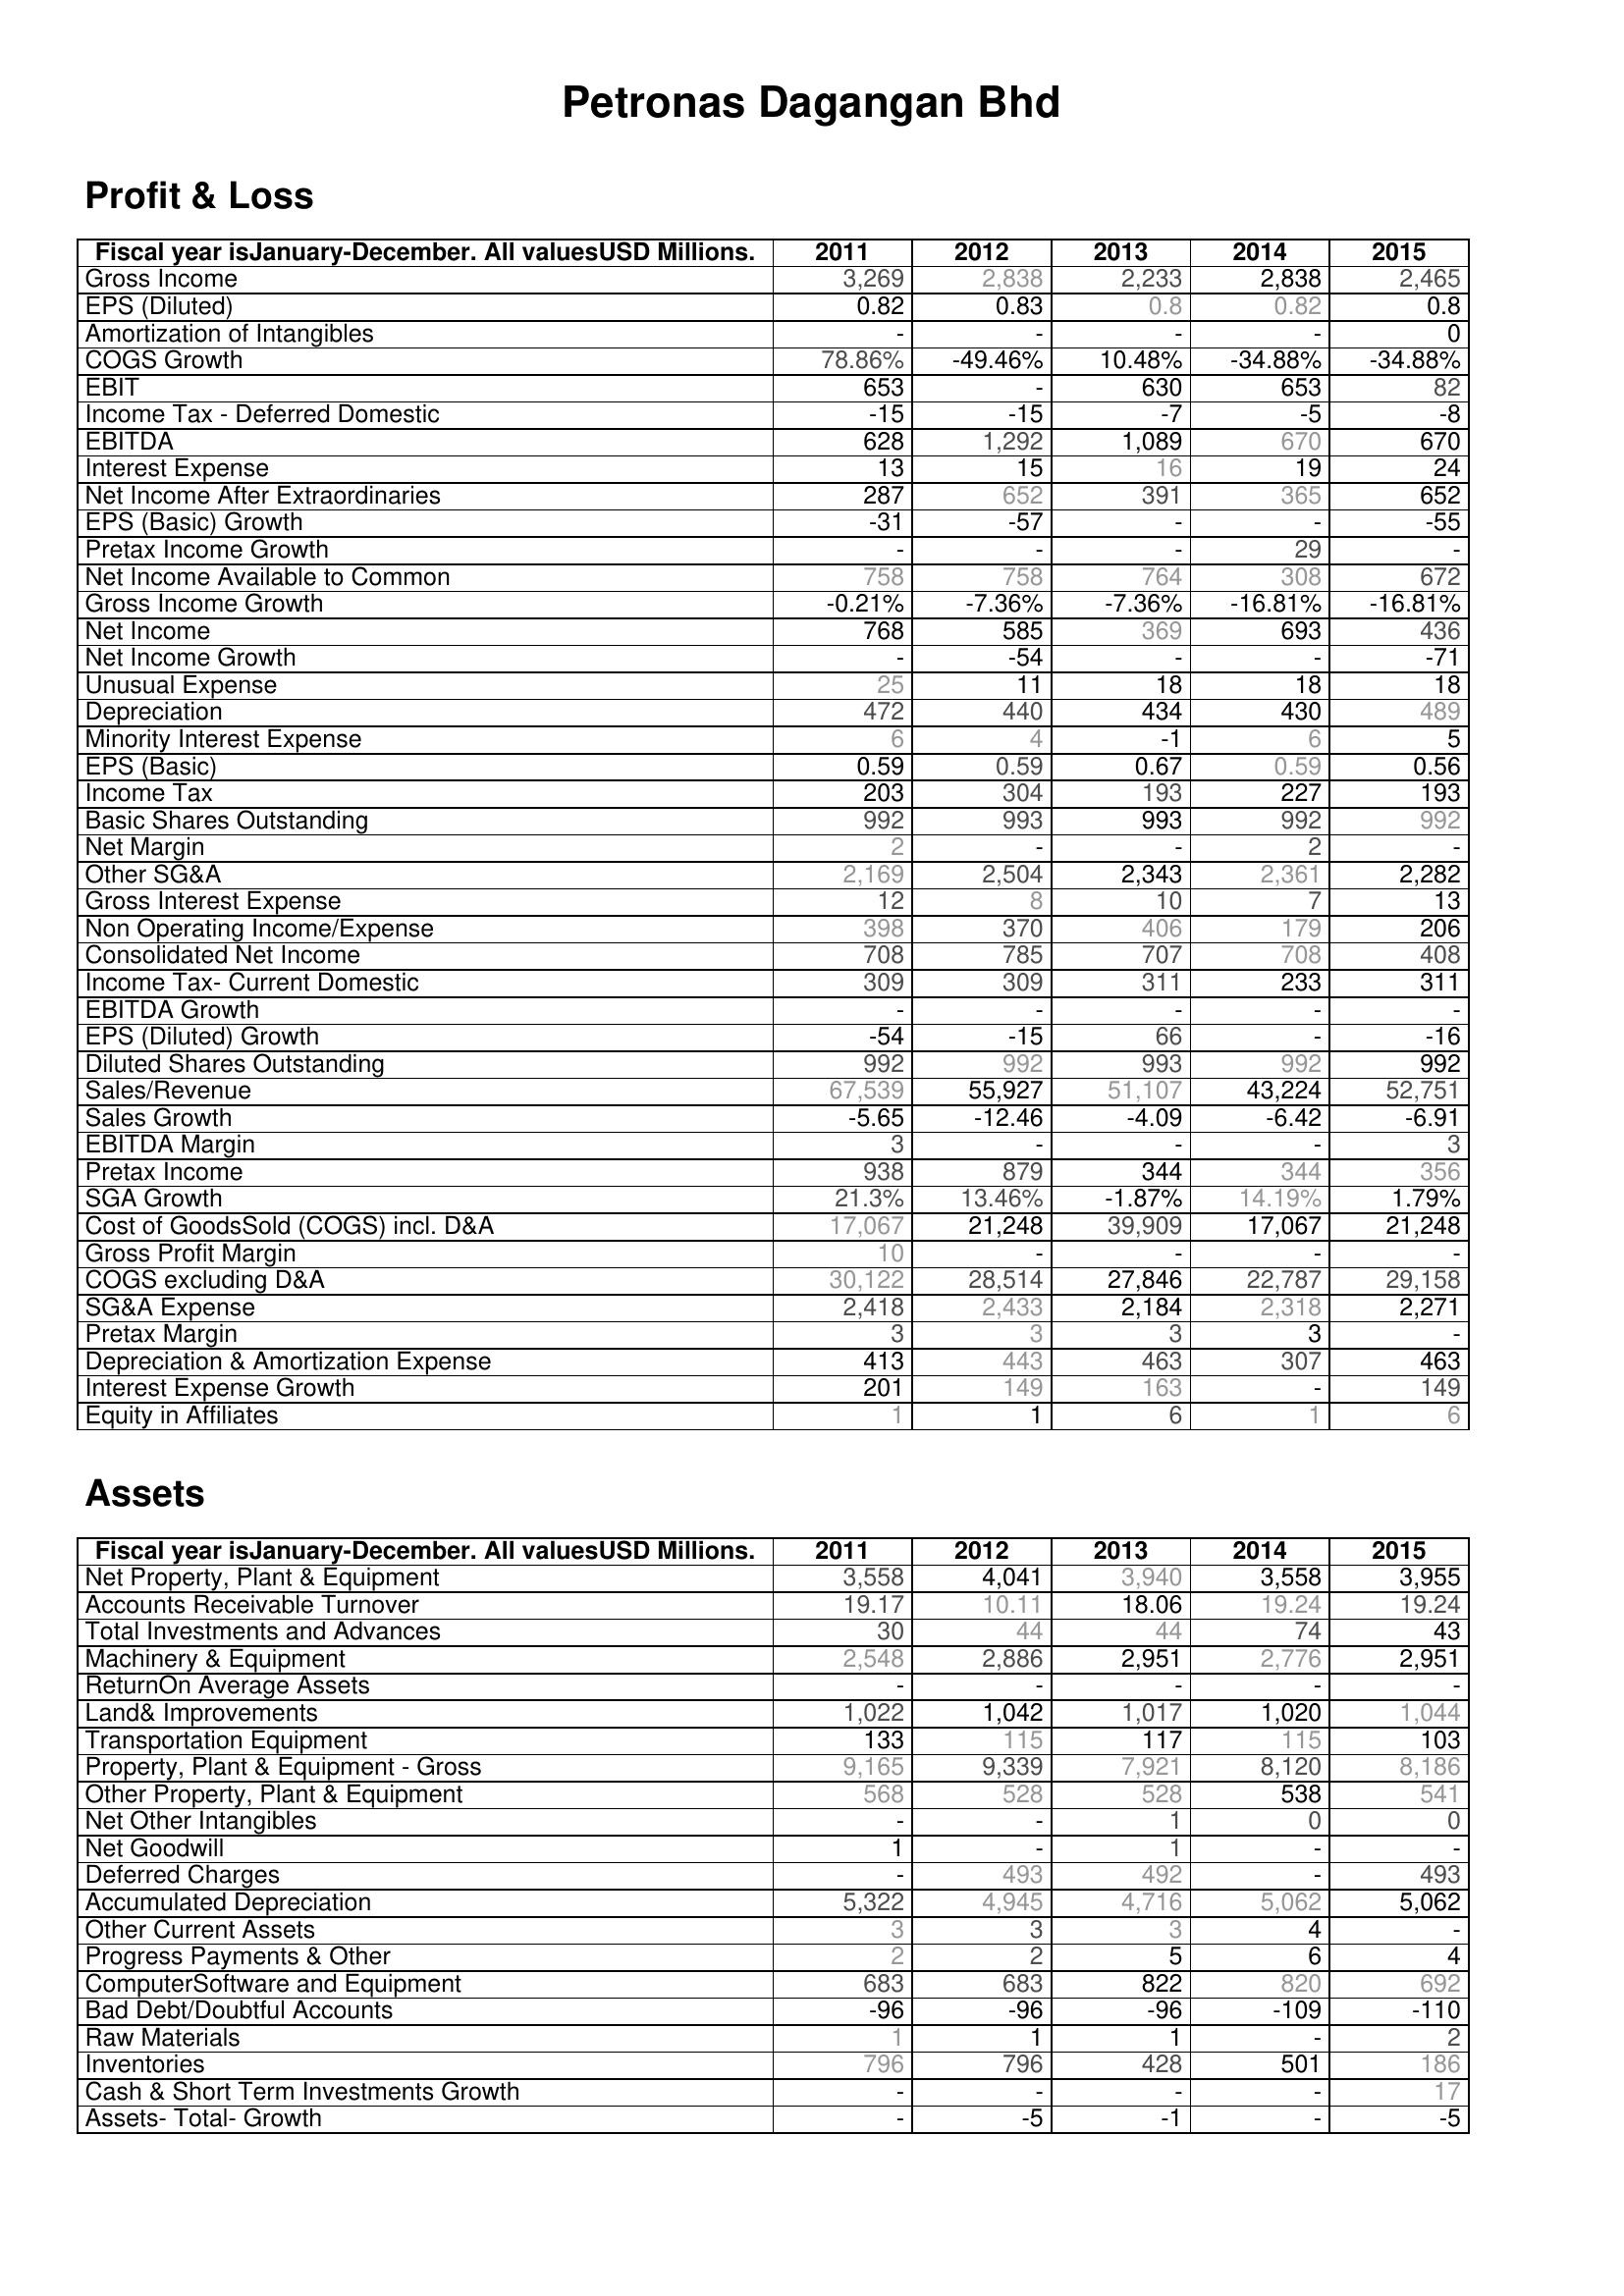
2011: Profit & Loss: Gross Income: 3,269
EPS (Diluted): 0.82
Amortization of Intangibles: -
COGS Growth: 78.86%
EBIT: 653
Income Tax - Deferred Domestic: -15
EBITDA: 628
Interest Expense: 13
Net Income After Extraordinaries: 287
EPS (Basic) Growth: -31
Pretax Income Growth: -
Net Income Available to Common: 758
Gross Income Growth: -0.21%
Net Income: 768
Net Income Growth: -
Unusual Expense: 25
Depreciation: 472
Minority Interest Expense: 6
EPS (Basic): 0.59
Income Tax: 203
Basic Shares Outstanding: 992
Net Margin: 2
Other SG&A: 2,169
Gross Interest Expense: 12
Non Operating Income/Expense: 398
Consolidated Net Income: 708
Income Tax- Current Domestic: 309
EBITDA Growth: -
EPS (Diluted) Growth: -54
Diluted Shares Outstanding: 992
Sales/Revenue: 67,539
Sales Growth: -5.65
EBITDA Margin: 3
Pretax Income: 938
SGA Growth: 21.3%
Cost of GoodsSold (COGS) incl. D&A: 17,067
Gross Profit Margin: 10
COGS excluding D&A: 30,122
SG&A Expense: 2,418
Pretax Margin: 3
Depreciation & Amortization Expense: 413
Interest Expense Growth: 201
Equity in Affiliates: 1
Assets: Net Property, Plant & Equipment: 3,558
Accounts Receivable Turnover: 19.17
Total Investments and Advances: 30
Machinery & Equipment: 2,548
ReturnOn Average Assets: -
Land& Improvements: 1,022
Transportation Equipment: 133
Property, Plant & Equipment - Gross : 9,165
Other Property, Plant & Equipment: 568
Net Other Intangibles: -
Net Goodwill: 1
Deferred Charges: -
Accumulated Depreciation: 5,322
Other Current Assets: 3
Progress Payments & Other: 2
ComputerSoftware and Equipment: 683
Bad Debt/Doubtful Accounts: -96
Raw Materials: 1
Inventories: 796
Cash & Short Term Investments Growth: -
Assets- Total- Growth: -
2012: Profit & Loss: Gross Income: 2,838
EPS (Diluted): 0.83
Amortization of Intangibles: -
COGS Growth: -49.46%
EBIT: -
Income Tax - Deferred Domestic: -15
EBITDA: 1,292
Interest Expense: 15
Net Income After Extraordinaries: 652
EPS (Basic) Growth: -57
Pretax Income Growth: -
Net Income Available to Common: 758
Gross Income Growth: -7.36%
Net Income: 585
Net Income Growth: -54
Unusual Expense: 11
Depreciation: 440
Minority Interest Expense: 4
EPS (Basic): 0.59
Income Tax: 304
Basic Shares Outstanding: 993
Net Margin: -
Other SG&A: 2,504
Gross Interest Expense: 8
Non Operating Income/Expense: 370
Consolidated Net Income: 785
Income Tax- Current Domestic: 309
EBITDA Growth: -
EPS (Diluted) Growth: -15
Diluted Shares Outstanding: 992
Sales/Revenue: 55,927
Sales Growth: -12.46
EBITDA Margin: -
Pretax Income: 879
SGA Growth: 13.46%
Cost of GoodsSold (COGS) incl. D&A: 21,248
Gross Profit Margin: -
COGS excluding D&A: 28,514
SG&A Expense: 2,433
Pretax Margin: 3
Depreciation & Amortization Expense: 443
Interest Expense Growth: 149
Equity in Affiliates: 1
Assets: Net Property, Plant & Equipment: 4,041
Accounts Receivable Turnover: 10.11
Total Investments and Advances: 44
Machinery & Equipment: 2,886
ReturnOn Average Assets: -
Land& Improvements: 1,042
Transportation Equipment: 115
Property, Plant & Equipment - Gross : 9,339
Other Property, Plant & Equipment: 528
Net Other Intangibles: -
Net Goodwill: -
Deferred Charges: 493
Accumulated Depreciation: 4,945
Other Current Assets: 3
Progress Payments & Other: 2
ComputerSoftware and Equipment: 683
Bad Debt/Doubtful Accounts: -96
Raw Materials: 1
Inventories: 796
Cash & Short Term Investments Growth: -
Assets- Total- Growth: -5
2013: Profit & Loss: Gross Income: 2,233
EPS (Diluted): 0.8
Amortization of Intangibles: -
COGS Growth: 10.48%
EBIT: 630
Income Tax - Deferred Domestic: -7
EBITDA: 1,089
Interest Expense: 16
Net Income After Extraordinaries: 391
EPS (Basic) Growth: -
Pretax Income Growth: -
Net Income Available to Common: 764
Gross Income Growth: -7.36%
Net Income: 369
Net Income Growth: -
Unusual Expense: 18
Depreciation: 434
Minority Interest Expense: -1
EPS (Basic): 0.67
Income Tax: 193
Basic Shares Outstanding: 993
Net Margin: -
Other SG&A: 2,343
Gross Interest Expense: 10
Non Operating Income/Expense: 406
Consolidated Net Income: 707
Income Tax- Current Domestic: 311
EBITDA Growth: -
EPS (Diluted) Growth: 66
Diluted Shares Outstanding: 993
Sales/Revenue: 51,107
Sales Growth: -4.09
EBITDA Margin: -
Pretax Income: 344
SGA Growth: -1.87%
Cost of GoodsSold (COGS) incl. D&A: 39,909
Gross Profit Margin: -
COGS excluding D&A: 27,846
SG&A Expense: 2,184
Pretax Margin: 3
Depreciation & Amortization Expense: 463
Interest Expense Growth: 163
Equity in Affiliates: 6
Assets: Net Property, Plant & Equipment: 3,940
Accounts Receivable Turnover: 18.06
Total Investments and Advances: 44
Machinery & Equipment: 2,951
ReturnOn Average Assets: -
Land& Improvements: 1,017
Transportation Equipment: 117
Property, Plant & Equipment - Gross : 7,921
Other Property, Plant & Equipment: 528
Net Other Intangibles: 1
Net Goodwill: 1
Deferred Charges: 492
Accumulated Depreciation: 4,716
Other Current Assets: 3
Progress Payments & Other: 5
ComputerSoftware and Equipment: 822
Bad Debt/Doubtful Accounts: -96
Raw Materials: 1
Inventories: 428
Cash & Short Term Investments Growth: -
Assets- Total- Growth: -1
2014: Profit & Loss: Gross Income: 2,838
EPS (Diluted): 0.82
Amortization of Intangibles: -
COGS Growth: -34.88%
EBIT: 653
Income Tax - Deferred Domestic: -5
EBITDA: 670
Interest Expense: 19
Net Income After Extraordinaries: 365
EPS (Basic) Growth: -
Pretax Income Growth: 29
Net Income Available to Common: 308
Gross Income Growth: -16.81%
Net Income: 693
Net Income Growth: -
Unusual Expense: 18
Depreciation: 430
Minority Interest Expense: 6
EPS (Basic): 0.59
Income Tax: 227
Basic Shares Outstanding: 992
Net Margin: 2
Other SG&A: 2,361
Gross Interest Expense: 7
Non Operating Income/Expense: 179
Consolidated Net Income: 708
Income Tax- Current Domestic: 233
EBITDA Growth: -
EPS (Diluted) Growth: -
Diluted Shares Outstanding: 992
Sales/Revenue: 43,224
Sales Growth: -6.42
EBITDA Margin: -
Pretax Income: 344
SGA Growth: 14.19%
Cost of GoodsSold (COGS) incl. D&A: 17,067
Gross Profit Margin: -
COGS excluding D&A: 22,787
SG&A Expense: 2,318
Pretax Margin: 3
Depreciation & Amortization Expense: 307
Interest Expense Growth: -
Equity in Affiliates: 1
Assets: Net Property, Plant & Equipment: 3,558
Accounts Receivable Turnover: 19.24
Total Investments and Advances: 74
Machinery & Equipment: 2,776
ReturnOn Average Assets: -
Land& Improvements: 1,020
Transportation Equipment: 115
Property, Plant & Equipment - Gross : 8,120
Other Property, Plant & Equipment: 538
Net Other Intangibles: 0
Net Goodwill: -
Deferred Charges: -
Accumulated Depreciation: 5,062
Other Current Assets: 4
Progress Payments & Other: 6
ComputerSoftware and Equipment: 820
Bad Debt/Doubtful Accounts: -109
Raw Materials: -
Inventories: 501
Cash & Short Term Investments Growth: -
Assets- Total- Growth: -
2015: Profit & Loss: Gross Income: 2,465
EPS (Diluted): 0.8
Amortization of Intangibles: 0
COGS Growth: -34.88%
EBIT: 82
Income Tax - Deferred Domestic: -8
EBITDA: 670
Interest Expense: 24
Net Income After Extraordinaries: 652
EPS (Basic) Growth: -55
Pretax Income Growth: -
Net Income Available to Common: 672
Gross Income Growth: -16.81%
Net Income: 436
Net Income Growth: -71
Unusual Expense: 18
Depreciation: 489
Minority Interest Expense: 5
EPS (Basic): 0.56
Income Tax: 193
Basic Shares Outstanding: 992
Net Margin: -
Other SG&A: 2,282
Gross Interest Expense: 13
Non Operating Income/Expense: 206
Consolidated Net Income: 408
Income Tax- Current Domestic: 311
EBITDA Growth: -
EPS (Diluted) Growth: -16
Diluted Shares Outstanding: 992
Sales/Revenue: 52,751
Sales Growth: -6.91
EBITDA Margin: 3
Pretax Income: 356
SGA Growth: 1.79%
Cost of GoodsSold (COGS) incl. D&A: 21,248
Gross Profit Margin: -
COGS excluding D&A: 29,158
SG&A Expense: 2,271
Pretax Margin: -
Depreciation & Amortization Expense: 463
Interest Expense Growth: 149
Equity in Affiliates: 6
Assets: Net Property, Plant & Equipment: 3,955
Accounts Receivable Turnover: 19.24
Total Investments and Advances: 43
Machinery & Equipment: 2,951
ReturnOn Average Assets: -
Land& Improvements: 1,044
Transportation Equipment: 103
Property, Plant & Equipment - Gross : 8,186
Other Property, Plant & Equipment: 541
Net Other Intangibles: 0
Net Goodwill: -
Deferred Charges: 493
Accumulated Depreciation: 5,062
Other Current Assets: -
Progress Payments & Other: 4
ComputerSoftware and Equipment: 692
Bad Debt/Doubtful Accounts: -110
Raw Materials: 2
Inventories: 186
Cash & Short Term Investments Growth: 17
Assets- Total- Growth: -5